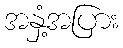
အနှံ့အပြား